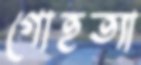
গোহত্যা